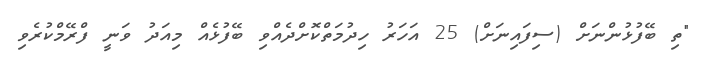
"ތި ބޭފުޅުންނަށް (ސިފައިނަށް) 25 އަހަރު ހިދުމަތްކޮށްދެއްވި ބޭފުޅެއް މިއަދު ވަނީ ފްރޭމްކުރެވި